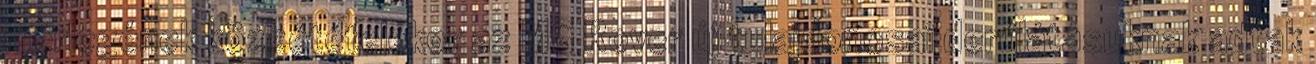
mérlegének közzétételekor az MG Rover új tulajdonosai derűlátásuknak adtak